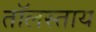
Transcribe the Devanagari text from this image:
तॉलस्ताय